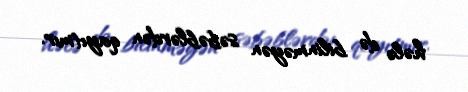
hələ də bilinməyən səbəblərdən qayıtmır.